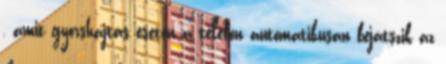
, amit gyorshajtás esetén a telefon automatikusan bejátszik az